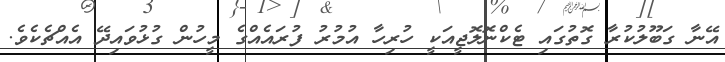
އޭނާ ގަބޫލުކުރާ ގޮތުގައި ޓެކްނޮލޮޖީއަކީ ހުރިހާ އުމުރު ފުރައެއްގެ މީހުން ގުޅުވައިދޭ އެއްޗެކެވެ.